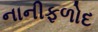
નાનીફળોદ